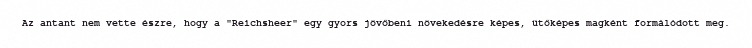
Az antant nem vette észre, hogy a "Reichsheer" egy gyors jövőbeni növekedésre képes, ütőképes magként formálódott meg.